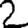
Digit: 2